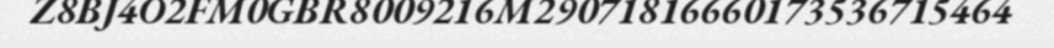
Z8BJ4O2FM0GBR8009216M29071816660173536715464